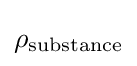
\rho _{\mathrm {substance} }